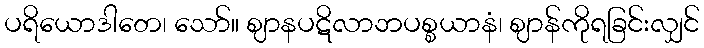
ပရိယောဒါတေ၊ သော်။ ဈာနပဋိလာဘပစ္စယာနံ၊ ဈာန်ကိုရခြင်းလျှင်